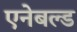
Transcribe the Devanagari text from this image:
एनेबल्ड